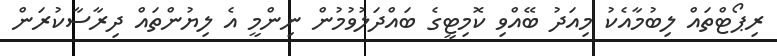
ރިޕޯޓްތައް ލިބުމާއެކު މިއަދު ބޭއްވި ކޮމިޓީގެ ބައްދަލުވުމުން ނިންމީ އެ ލިޔުންތައް ދިރާސާކުރަން